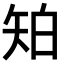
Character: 𥎷